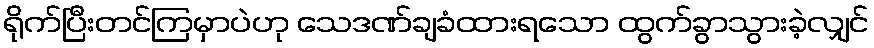
ရိုက်ပြီးတင်ကြမှာပဲဟု သေဒဏ်ချခံထားရသော ထွက်ခွာသွားခဲ့လျှင်